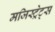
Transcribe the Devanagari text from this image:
मजिस्ट्रेट्स